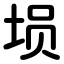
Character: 埙